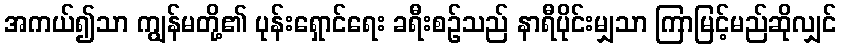
အကယ်၍သာ ကျွန်မတို့၏ ပုန်းရှောင်ရေး ခရီးစဉ်သည် နာရီပိုင်းမျှသာ ကြာမြင့်မည်ဆိုလျှင်